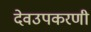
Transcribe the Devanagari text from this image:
देवउपकरणी